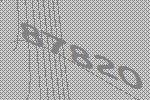
87820